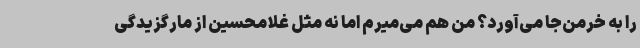
را به خرمن‌جا می‌آورد؟ من هم می‌میرم اما نه مثل غلامحسین از مارگزیدگی